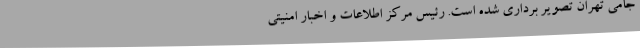
جامی تهران تصویر برداری شده است. رئیس مرکز اطلاعات و اخبار امنیتی